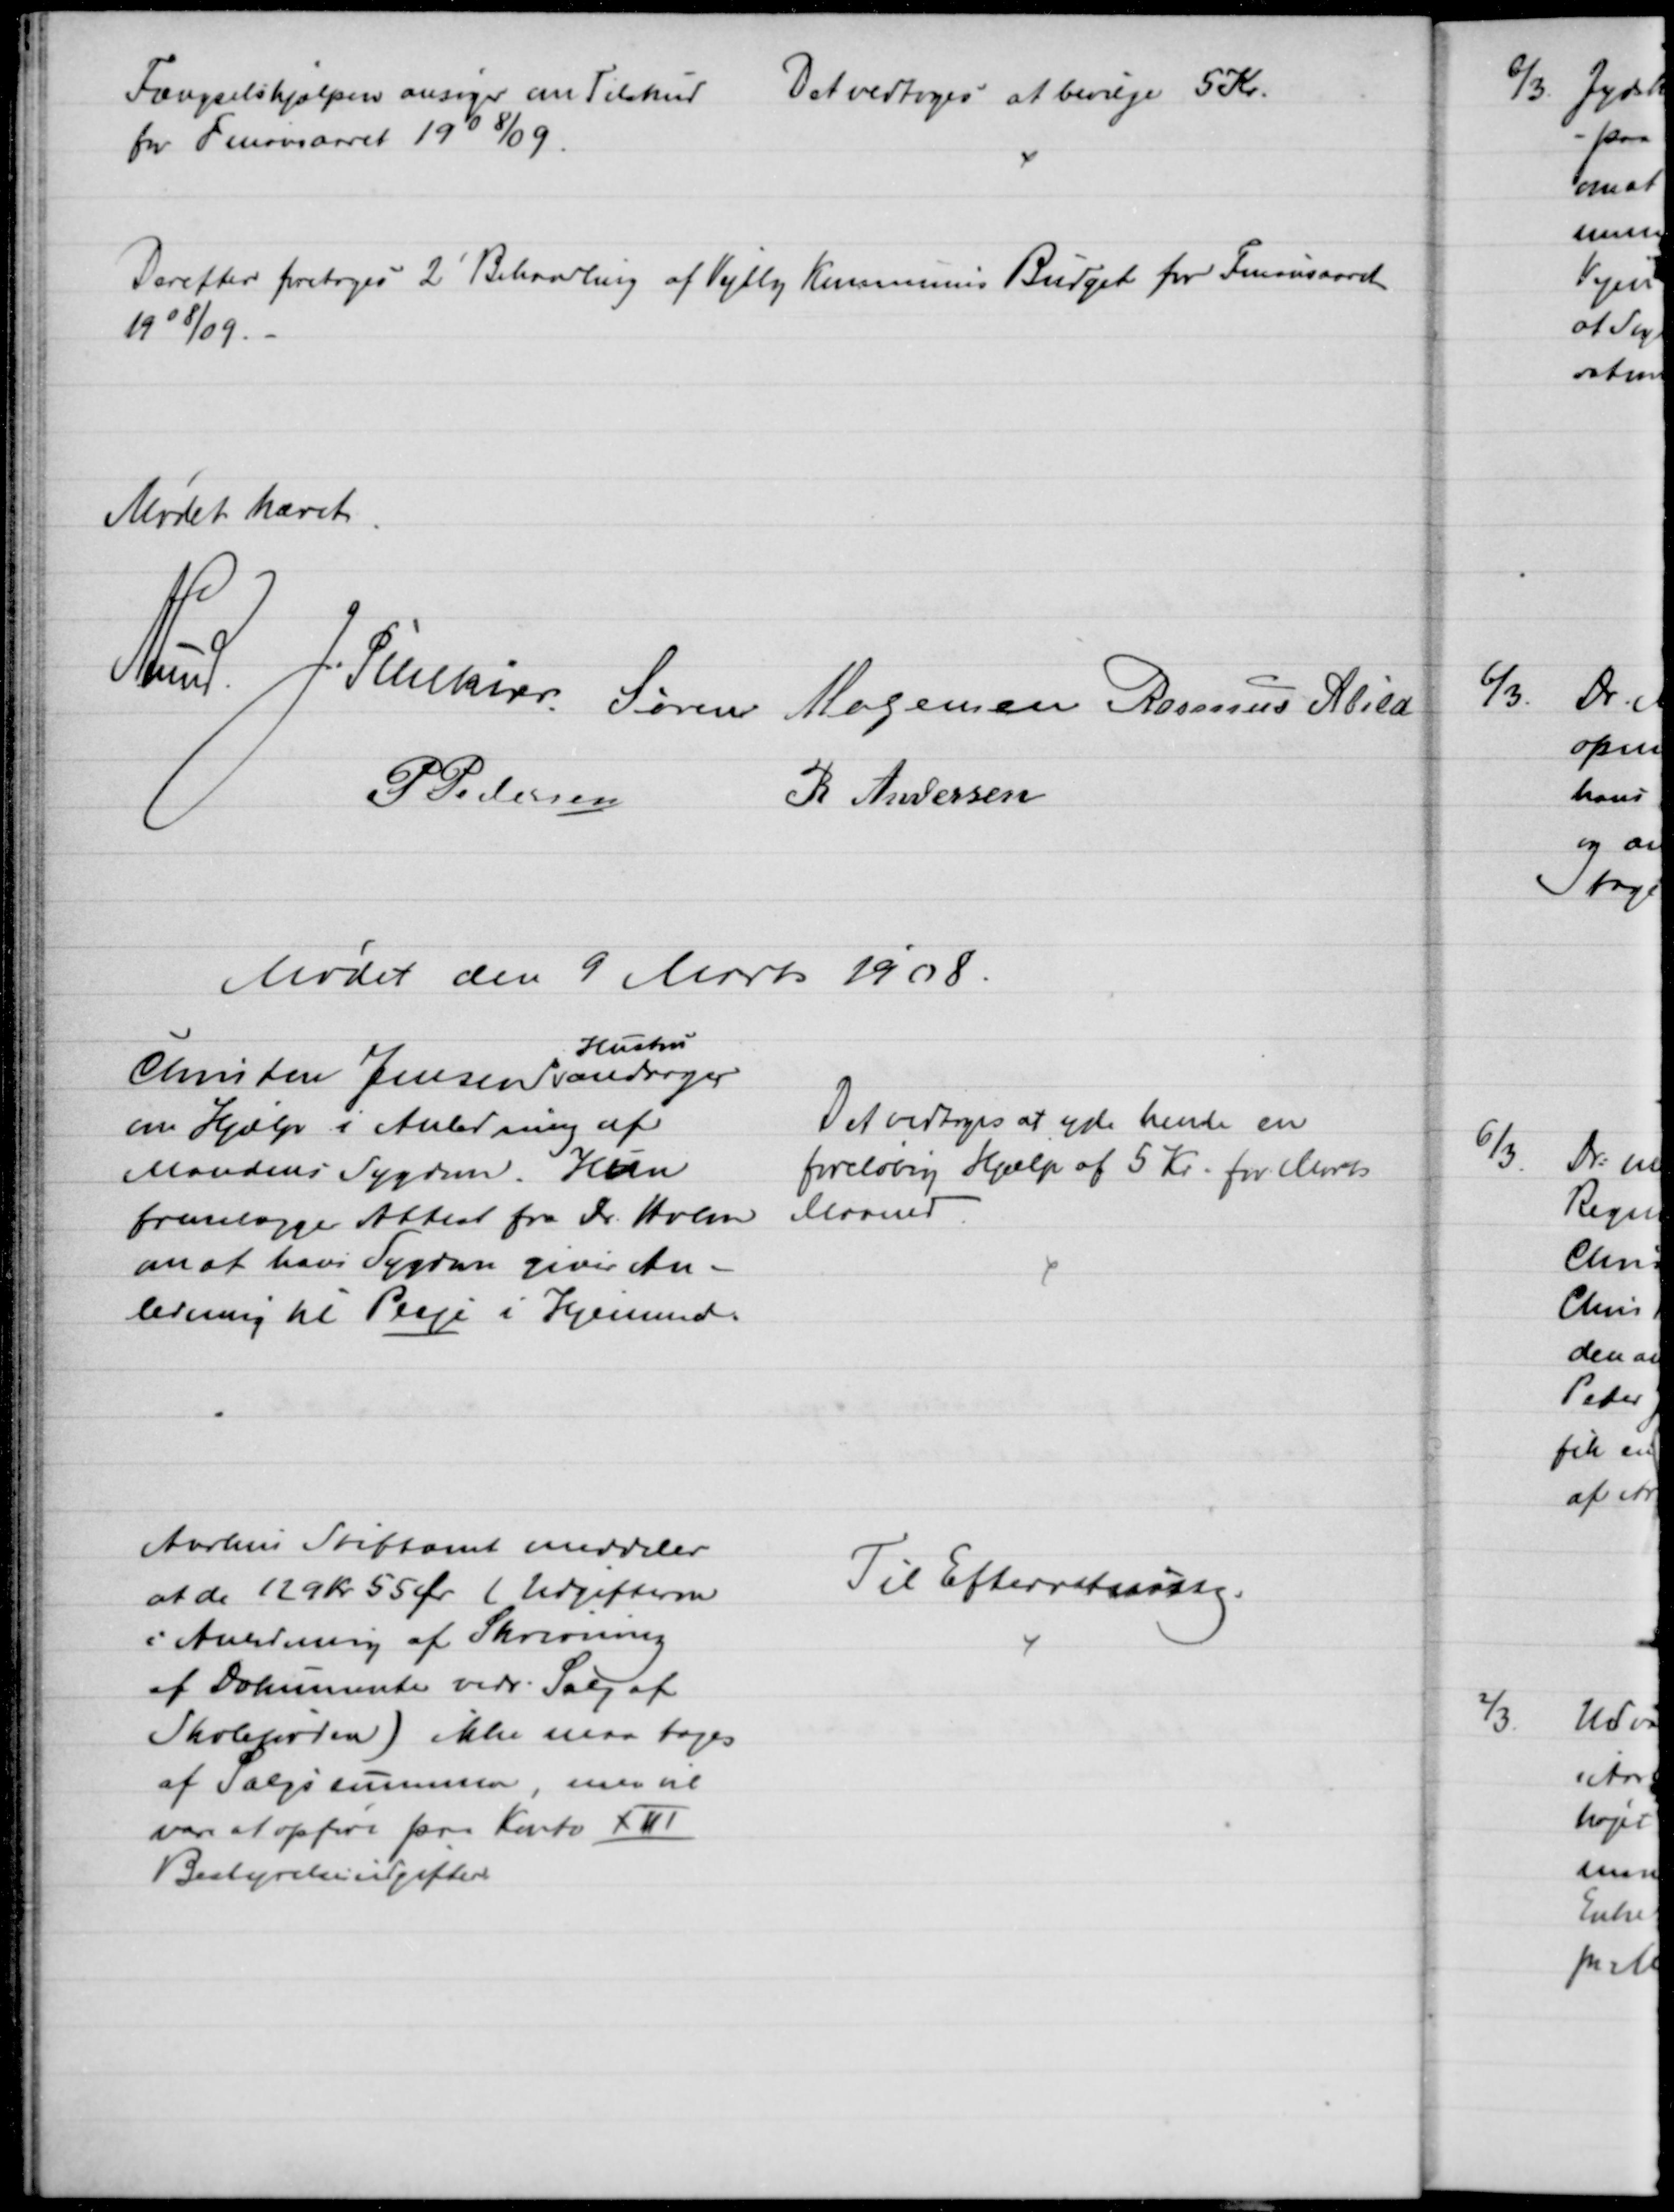
Transskription:
Fængselshjælpen ansøger om Tilskud. 
for Finansaaret 1908/09.
Det vedtoges at bevilge 5 Kr.
Derefter foretoges 2' Behandling af Vejlby Kommunens Budget for Finansaaret
1908/09.
Mødet hævet.
A. Lund. J. Pihlkjær Søren Mogensen Rasmus Abild
P. Pedersen
R Andersen
Mødet den 9 Marts 1908.
Christen Jensens 
Hustru
andrager
om Hjælp i Anledning af
Mandens Sygdom. Hun
fremlægger Attest fra Dr. Holm
om at hans Sygdom giver An-
ledning til Pleje i Hjemmet.
Det vedtoges at yde hende en
foreløbig Hjælp af 5 Kr. for Marts
Maaned
Aarhus Stiftamt meddeler
at de 129 kr 55 Øre (Udgifterne
i Anledning af Skrivning
af Dokumenter vedr. Salg af
Skolejorden) ikke maa tages
af Salgssummen, men vil
være at opføre paa Konto XVI
Bestyrelsesudgifter
Til Efterretning.